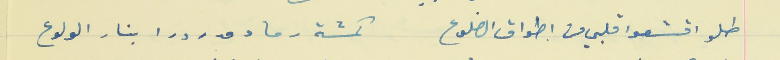
طلو اقشعوا قلبي من اطواق الضلوع                        كمشة رماد مدردرا بنار الولوع